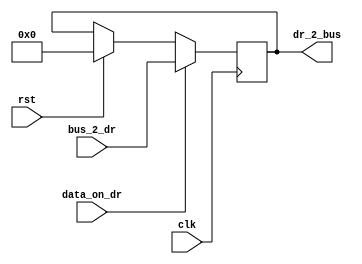
`timescale 1ns / 1ps
//////////////////////////////////////////////////////////////////////////////////
// Company: 
// Engineer: 
// 
// Design Name: 
// Module Name:    DR_reg 
// Project Name: 
// Target Devices: 
// Tool versions: 
// Description: 
//
// Dependencies: 
//
// Revision: 
// Revision 0.01 - File Created
// Additional Comments: 
//
//////////////////////////////////////////////////////////////////////////////////
module DR_reg(clk,rst,data_on_dr,bus_2_dr,dr_2_bus);

input clk;
input rst;
input data_on_dr;
input [7:0] bus_2_dr;
output [7:0] dr_2_bus;
reg [7:0] dr_2_bus;

always @(posedge clk)
begin
	if(rst)
	begin
		dr_2_bus <= 8'b0;
	end
	
	if(data_on_dr)
	begin
		dr_2_bus <= bus_2_dr;
	end

end

endmodule